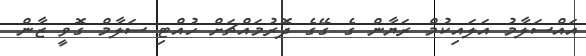
އައްސަލާމު އަލައިކުމް ރަޔާން ގެ ގޭގެ ދޮރުމައްޗަށް ހުއްޓި ސަލާމް ގޮވީ ޒާން